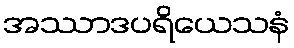
အဿာဒပရိယေသနံ